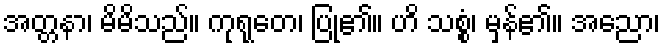
အတ္တနာ၊ မိမိသည်။ ကုရုတေ၊ ပြု၏။ ဟိ သစ္စံ၊ မှန်၏။ အညော၊